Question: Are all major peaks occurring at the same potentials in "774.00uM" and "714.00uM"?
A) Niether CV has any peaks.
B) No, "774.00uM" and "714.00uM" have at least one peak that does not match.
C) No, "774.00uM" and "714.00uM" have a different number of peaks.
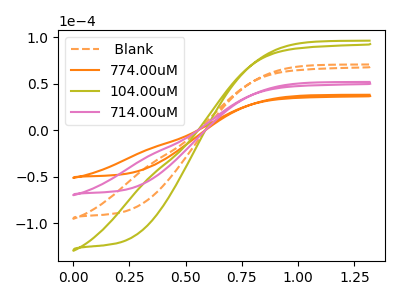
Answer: <think>The orange dashed curve " Blank" has no peaks. The orange curve "774.00uM" has no peaks. The olive curve "104.00uM" has no peaks. The pink curve "714.00uM" has no peaks.</think>
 <answer>A) Niether CV has any peaks.</answer>
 <eval>A</eval>